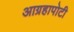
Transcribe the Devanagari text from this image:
आग्रहापोटी